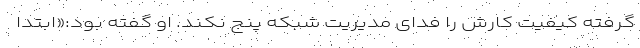
گرفته کیفیت کارش را فدای مدیریت شبکه پنج نکند. او گفته بود:«ابتدا